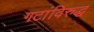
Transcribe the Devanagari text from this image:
गटांविरुद्ध